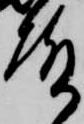
殿